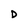
Character: D